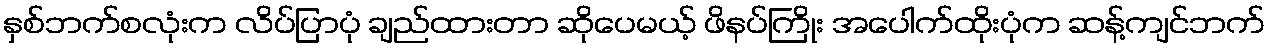
နှစ်ဘက်စလုံးက လိပ်ပြာပုံ ချည်ထားတာ ဆိုပေမယ့် ဖိနပ်ကြိုး အပေါက်ထိုးပုံက ဆန့်ကျင်ဘက်